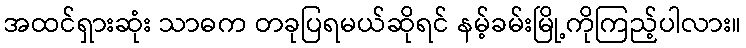
အထင်ရှားဆုံး သာဓက တခုပြရမယ်ဆိုရင် နမ့်ခမ်းမြို့ကိုကြည့်ပါလား။